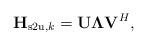
LaTeX: \begin{align*}\mathbf{H}_{\mathrm{s2u},k} = \mathbf{U} \mathbf{\Lambda} \mathbf{V}^{H},\end{align*}